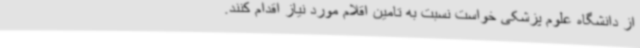
از دانشگاه علوم پزشکی خواست نسبت به تامین اقلام مورد نیاز اقدام کنند.